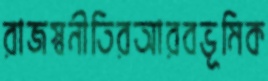
রাজস্বনীতিরআরবভূমিক